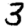
Digit: 3